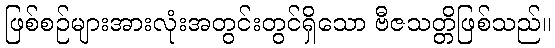
ဖြစ်စဉ်များအားလုံးအတွင်းတွင်ရှိသော ဗီဇသတ္တိဖြစ်သည်။